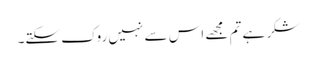
شکر ہے تم مجھے اس سے نہیں روک سکتے۔